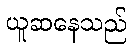
ယူဆနေသည်